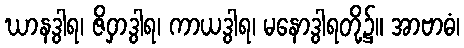
ဃာနဒွါရ၊ ဇိဝှာဒွါရ၊ ကာယဒွါရ၊ မနောဒွါရတို့၌။ အာဗာဓံ၊